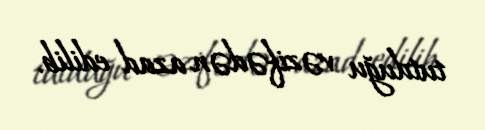
tutduğu vəzifədən azad edilib.